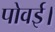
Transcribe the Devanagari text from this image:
पोवई।